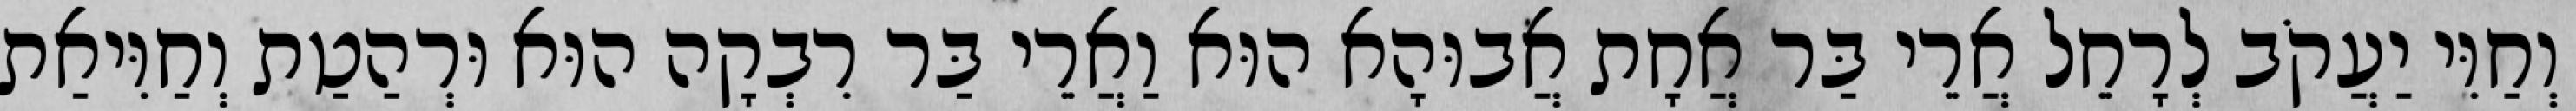
וְחַוִּי יַעֲקֹב לְרָחֵל אֲרֵי בַּר אֲחָת אֲבוּהָא הוּא וַאֲרֵי בַּר רִבְקָה הוּא וּרְהַטַת וְחַוִּיאַת